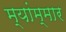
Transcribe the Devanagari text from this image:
म्यांम्मार